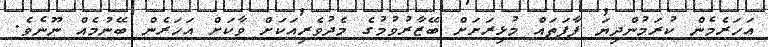
އަހަރެމެން ކުރަމުންދިޔަ ފާފަތައް މުޅިރަށަށް ބޭޒާރުވުމުގެ މެދުވެރިއަކަށް ވާކަށް އަހަރެން ބޭނުމެއް ނޫނެވެ.